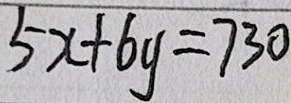
5 x + 6 y = 7 3 0